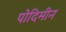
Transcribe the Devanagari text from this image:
पोदिमीन